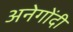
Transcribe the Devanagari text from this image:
अनेगोंदी